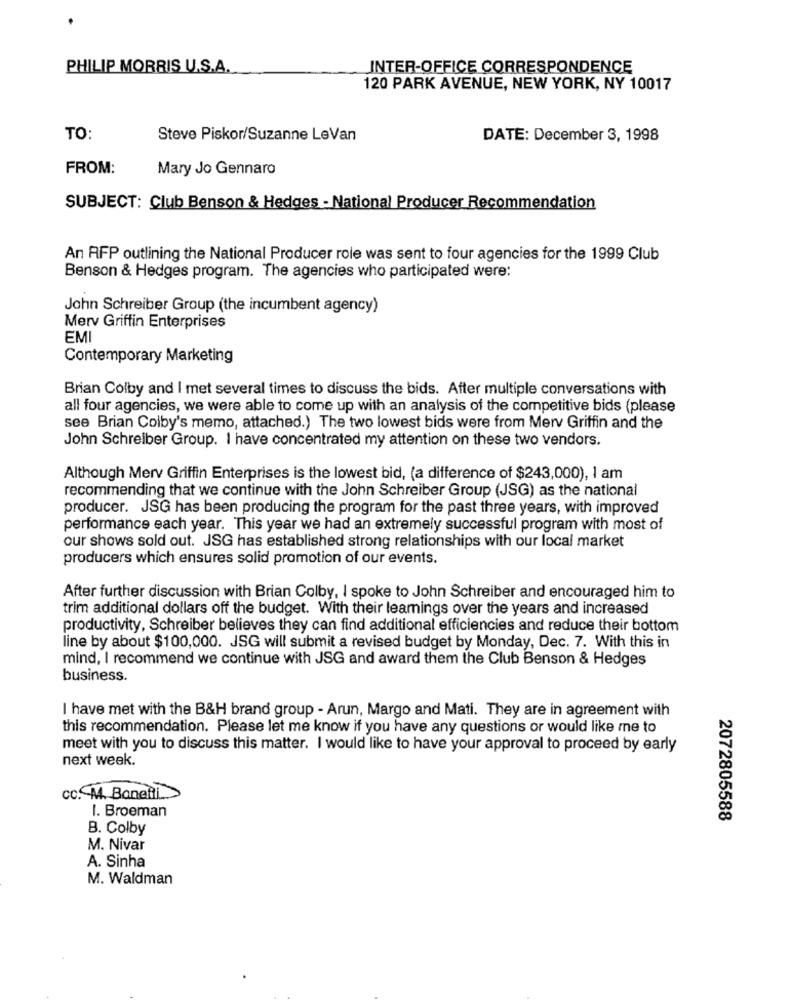
PHILIP MORRIS U.S.A.
INTER-OFFICE CORRESPONDENCE
120 PARK AVENUE, NEW YORK, NY 10017
TO:
Steve Piskor/Suzanne LeVan
DATE: December 3, 1998
FROM:
Mary Jo Gennaro
SUBJECT: Club Benson & Hedges - National Producer Recommendation
An RFP outlining the National Producer role was sent to four agencies for the 1999 Club
Benson & Hedges program. The agencies who participated were:
John Schreiber Group (the incumbent agency)
Merv Griffin Enterprises
EMI
Contemporary Marketing
Brian Colby and I met several times to discuss the bids. After multiple conversations with
all four agencies, we were able to come up with an analysis of the competitive bids (please
see Brian Colby's memo, attached.) The two lowest bids were from Merv Griffin and the
John Schreiber Group. I have concentrated my attention on these two vendors.
Although Merv Griffin Enterprises is the lowest bid, (a difference of $243,000), I am
recommending that we continue with the John Schreiber Group (JSG) as the national
producer. JSG has been producing the program for the past three years, with improved
performance each year. This year we had an extremely successful program with most of
our shows sold out. JSG has established strong relationships with our local market
producers which ensures solid promotion of our events.
After further discussion with Brian Colby, I spoke to John Schreiber and encouraged him to
trim additional dollars off the budget. With their leamings over the years and increased
productivity, Schreiber believes they can find additional efficiencies and reduce their bottom
line by about $100,000. JSG will submit a revised budget by Monday, Dec. 7. With this in
mind, I recommend we continue with JSG and award them the Club Benson & Hedges
business.
I have met with the B&H brand group - Arun, Margo and Mati. They are in agreement with
this recommendation. Please let me know if you have any questions or would like me to
meet with you to discuss this matter. I would like to have your approval to proceed by early
next week.
CC. A4. Bonetti ...
1. Broeman
2072805588
B. Colby
M. Nivar
A. Sinha
M. Waldman